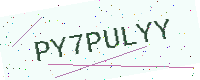
Text: PY7PULYY